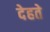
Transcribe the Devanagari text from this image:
देहते